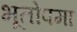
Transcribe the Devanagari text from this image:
भूतोपमा